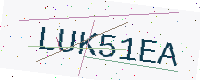
Text: LUK51EA